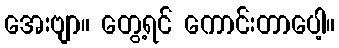
အေးဗျာ။ တွေ့ရင် ကောင်းတာပေါ့။